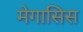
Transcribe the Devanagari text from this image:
मेगासिस